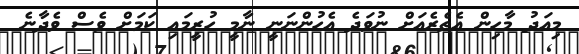
މިއަދު މާހިން އެތެރެއަށް ނުވަދެ އެހުންނަނީ ނާމީ ހުރީމައި ކަމަށް ވެސް ވެދާނެ